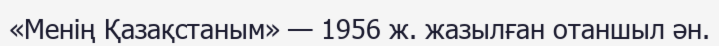
«Менің Қазақстаным» — 1956 ж. жазылған отаншыл ән.